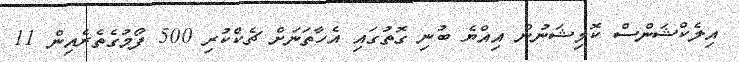
އިލެކްޝަންސް ކޮމިޝަނުން އިއްޔެ ބުނި ގޮތުގައި އެހާތަނަށް ޗެކްކުރި 500 ފޯމުގެތެރެއިން 11